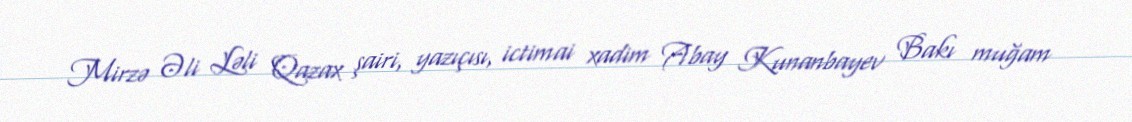
Mirzə Əli Ləli Qazax şairi, yazıçısı, ictimai xadim Abay Kunanbayev Bakı muğam